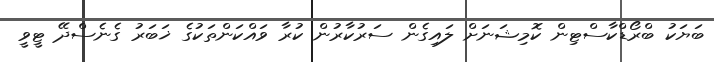
ބަޔަކު ބްރޯޑްކާސްޓިން ކޮމިޝަނަށް ލައިގެން ސަރުކާރުން ކުރާ ވައްކަންތަކުގެ ޚަބަރު ގެނެސްދޭ ޓީވީ